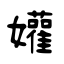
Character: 孉